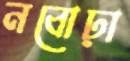
নবোঢ়া